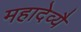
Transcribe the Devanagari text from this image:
महादेव्यै